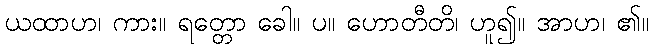
ယထာဟ၊ ကား။ ရတ္တော ခေါ။ ပ။ ဟောတီတိ၊ ဟူ၍။ အာဟ၊ ၏။